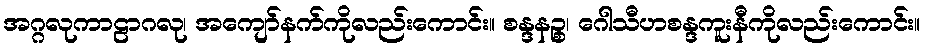
အဂ္ဂလုကာဠာဂလု၊ အကျော်နက်ကိုလည်းကောင်း။ စန္ဒနဉ္စ၊ ဂေါသီဟစန္ဒကူးနီကိုလည်းကောင်း။